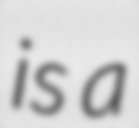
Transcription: is a